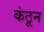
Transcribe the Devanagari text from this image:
कंठून